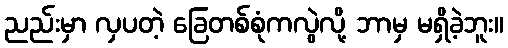
ညည်းမှာ လှပတဲ့ ခြေတစ်စုံကလွဲလို့ ဘာမှ မရှိခဲ့ဘူး။